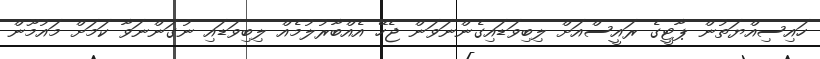
ހައިސިއްޔަތުން ޕާޓީގެ ރައީސްއަށް ލިބިވަޑައިގެންނަވަން ޖެހޭ އެއްބާރުލުމެއް ލިބިވަޑައި ނުގަންނަވާ ކަމަށް މައުމޫން